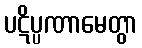
ပဋိပ္ပဏာမေတွာ